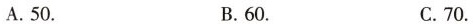
A.50. B.60. C.70.